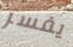
يفسر